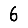
Digit: 6